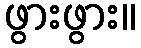
ဖွားဖွား။